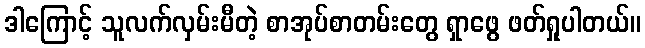
ဒါကြောင့် သူလက်လှမ်းမီတဲ့ စာအုပ်စာတမ်းတွေ ရှာဖွေ ဖတ်ရှုပါတယ်။